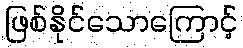
ဖြစ်နိုင်သောကြောင့်